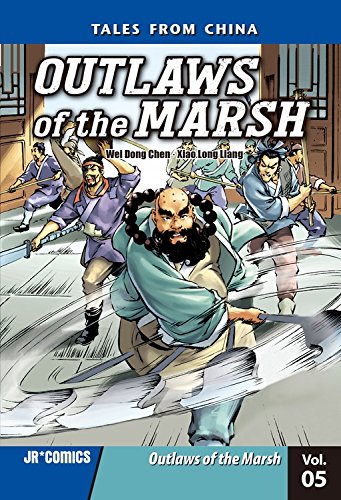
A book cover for Outlaws of the Marsh Volume 5: Outlaws of the Marsh; Wei Dong Chen; Teen & Young Adult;